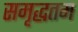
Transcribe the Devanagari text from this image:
समृद्धतम